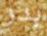
بدر